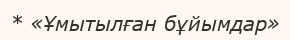
* «Ұмытылған бұйымдар»